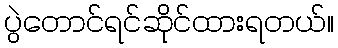
ပွဲတောင်ရင်ဆိုင်ထားရတယ်။